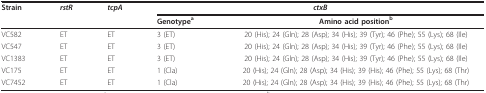
| Strain | rstR | tcpA | <COLSPAN=2> ctxB |
 |  |  |  | Genotypea | Amino acid positionb |
 | --- | --- | --- | --- | --- |
 | VC582 | ET | ET | 3 (ET) | 20 (His); 24 (Gln); 28 (Asp); 34 (His); 39 (Tyr); 46 (Phe); 55 (Lys); 68 (Ile) |
 | VC547 | ET | ET | 3 (ET) | 20 (His); 24 (Gln); 28 (Asp); 34 (His); 39 (Tyr); 46 (Phe); 55 (Lys); 68 (Ile) |
 | VC1383 | ET | ET | 3 (ET) | 20 (His); 24 (Gln); 28 (Asp); 34 (His); 39 (Tyr); 46 (Phe); 55 (Lys); 68 (Ile) |
 | VC175 | ET | ET | 1 (Cla) | 20 (His); 24 (Gln); 28 (Asp); 34 (His); 39 (His); 46 (Phe); 55 (Lys); 68 (Thr) |
 | VC7452 | ET | ET | 1 (Cla) | 20 (His); 24 (Gln); 28 (Asp); 34 (His); 39 (His); 46 (Phe); 55 (Lys); 68 (Thr) |